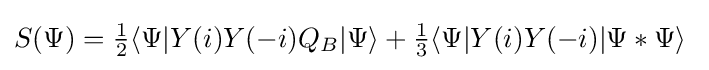
S(\Psi )={\tfrac {1}{2}}\langle \Psi |Y(i)Y(-i)Q_{B}|\Psi \rangle +{\tfrac {1}{3}}\langle \Psi |Y(i)Y(-i)|\Psi *\Psi \rangle \